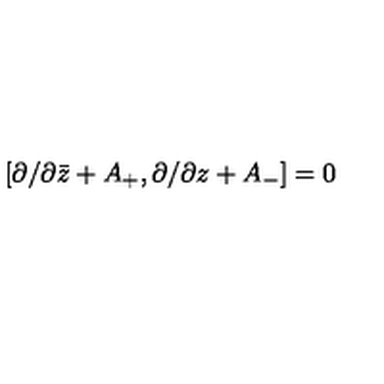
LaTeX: { } [ \partial / \partial \bar { z } + A _ { + } , \partial / \partial z + A _ { - } ] = 0